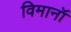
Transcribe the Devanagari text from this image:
विमानॉ